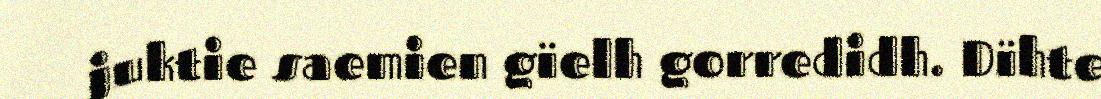
juktie saemien gïelh gorredidh. Dïhte